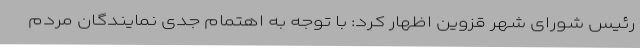
رئیس شورای شهر قزوین اظهار کرد: با توجه به اهتمام جدی نمایندگان مردم